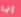
إنها